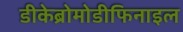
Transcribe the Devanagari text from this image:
डीकेब्रोमोडीफिनाइल